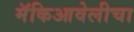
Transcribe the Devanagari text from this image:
मॅकिआवेलीचा